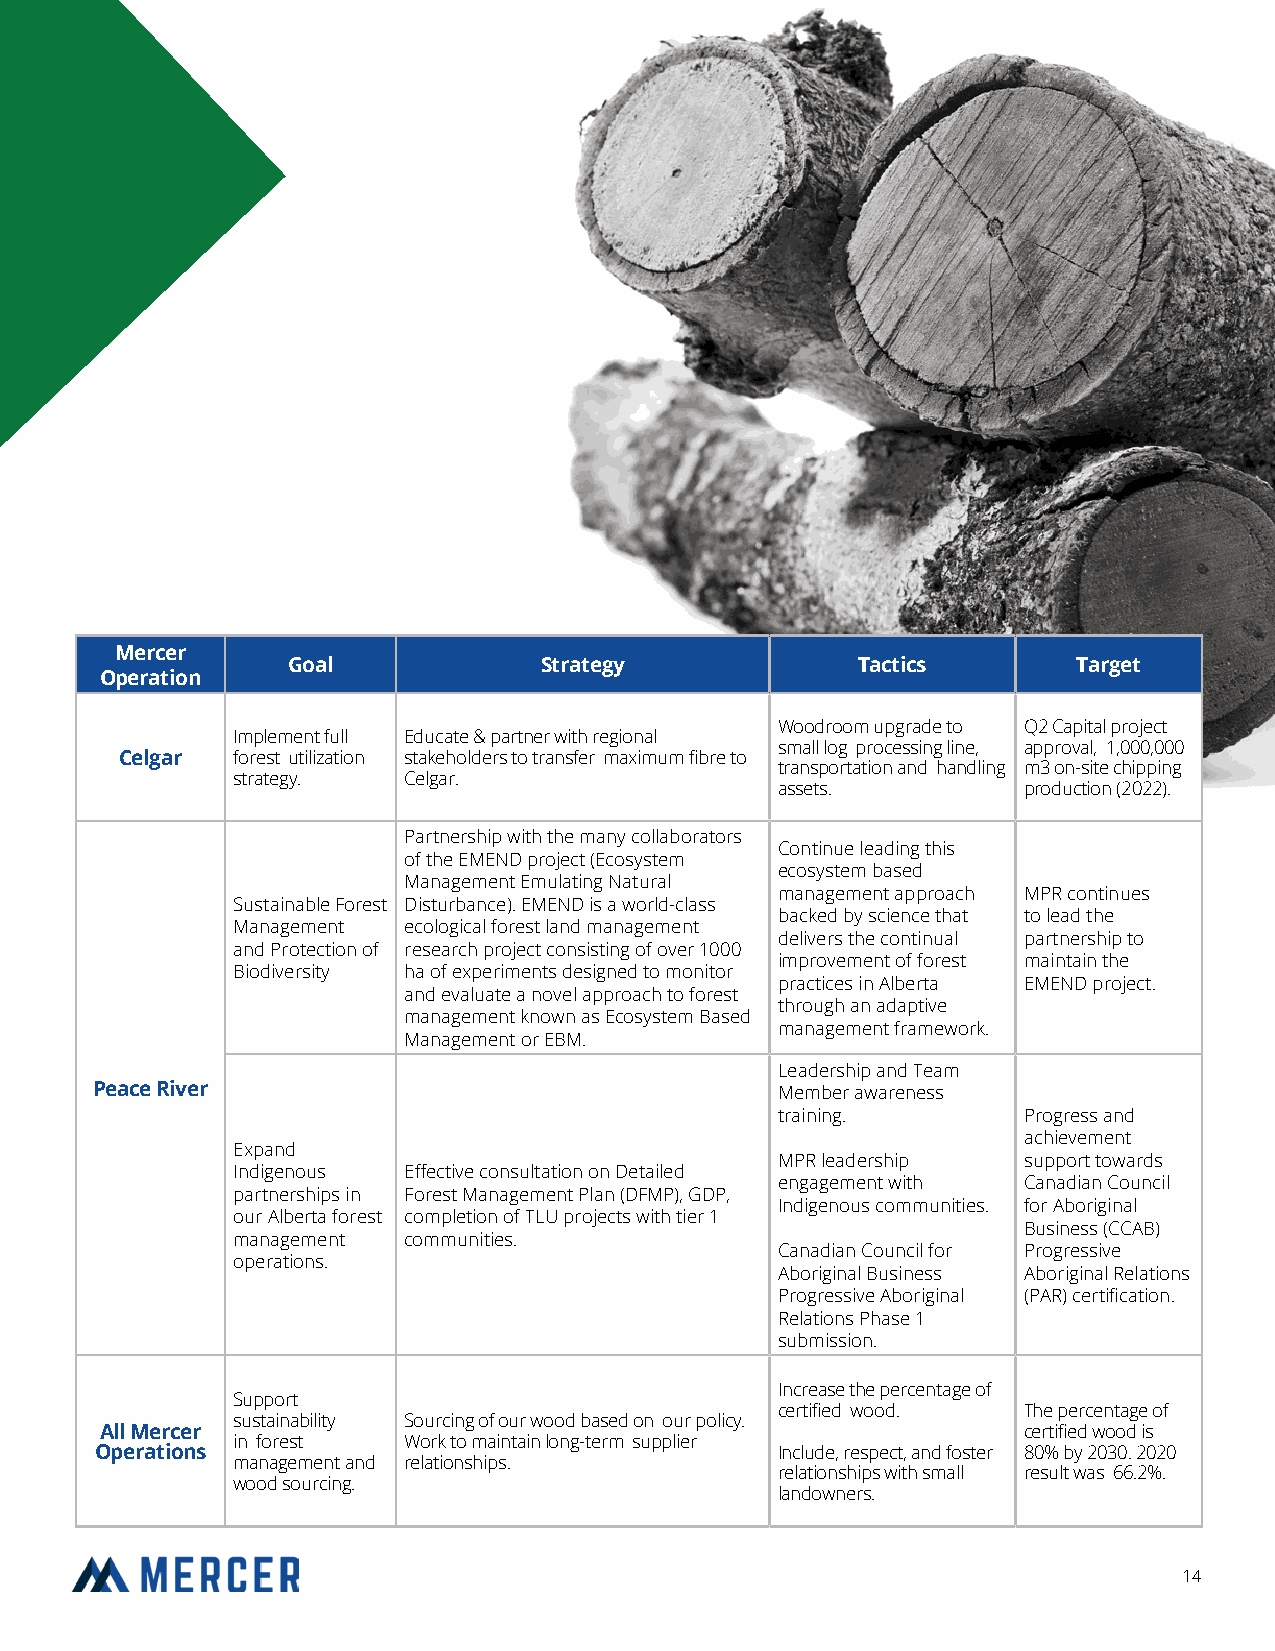
Mercer
 Goal             Strategy             Tactics       Target
 Operation
 Woodroom upgrade to Q2 Capital project
 Implement full Educate & partner with regional
 small log processing line, approval, 1,000,000
 Celgar forest utilization stakeholders to transfer maximum fibre to
 transportation and handling m3 on-site chipping
 strategy.   Celgar.
 assets.          production (2022).
 Partnership with the many collaborators
 Continue leading this
 of the EMEND project (Ecosystem
 ecosystem based
 Management Emulating Natural
 management approach MPR continues
 Sustainable Forest Disturbance). EMEND is a world-class
 backed by science that to lead the
 Management  ecological forest land management
 delivers the continual partnership to
 and Protection of research project consisting of over 1000
 improvement of forest maintain the
 Biodiversity ha of experiments designed to monitor
 practices in Alberta EMEND project.
 and evaluate a novel approach to forest
 through an adaptive
 management known as Ecosystem Based
 management framework.
 Management or EBM.
 Leadership and Team
 Peace River                                  Member awareness
 training.        Progress and
 achievement
 Expand
 MPR leadership   support towards
 Indigenous  Effective consultation on Detailed
 engagement with  Canadian Council
 partnerships in Forest Management Plan (DFMP), GDP,
 Indigenous communities. for Aboriginal
 our Alberta forest completion of TLU projects with tier 1
 Business (CCAB)
 management  communities.
 Canadian Council for Progressive
 operations.
 Aboriginal Business Aboriginal Relations
 Progressive Aboriginal (PAR) certification.
 Relations Phase 1
 submission.
 Increase the percentage of
 Support
 certified wood.  The percentage of
 sustainability Sourcing of our wood based on our policy.
 All Mercer                                                   certified wood is
 in forest   Work to maintain long-term supplier
 Operations                                   Include, respect, and foster 80% by 2030. 2020
 management and relationships.
 relationships with small result was 66.2%.
 wood sourcing.
 landowners.
 14